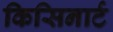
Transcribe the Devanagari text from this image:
किसिनार्ट